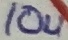
Text: 10u